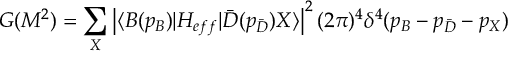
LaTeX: G ( M ^ { 2 } ) = \sum _ { X } \left| \langle B ( p _ { B } ) | H _ { e f f } | \bar { D } ( p _ { \bar { D } } ) X \rangle \right| ^ { 2 } ( 2 \pi ) ^ { 4 } \delta ^ { 4 } ( p _ { B } - p _ { \bar { D } } - p _ { X } )